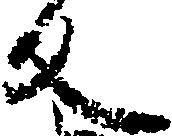
反